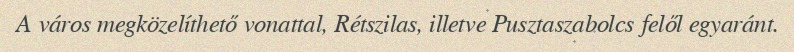
A város megközelíthető vonattal, Rétszilas, illetve Pusztaszabolcs felől egyaránt.